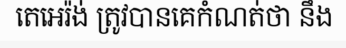
តេអេរ៉ង់ ត្រូវបានគេកំណត់ថា នឹង